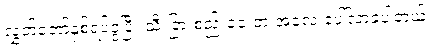
လွှတ်တော်နှစ်ရပ်ခွဲပြီး သီးခြားစည်းဝေးတဲ့ အလေ့ ပေါ်လာခဲ့ပါတယ်။